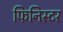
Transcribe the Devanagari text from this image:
फिनिस्टर